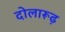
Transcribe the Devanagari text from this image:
दोलारूढ़